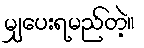
မျှပေးရမည်တဲ့။